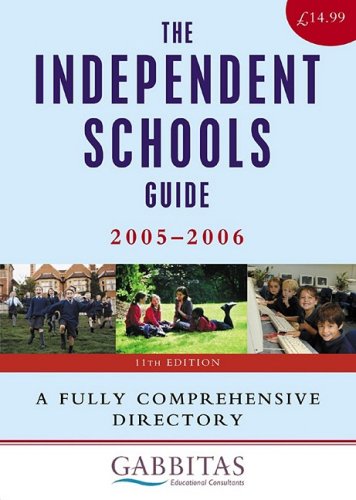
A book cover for The Independent Schools Guide 2005-2006; Gabbitas Educational Consultants; Test Preparation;